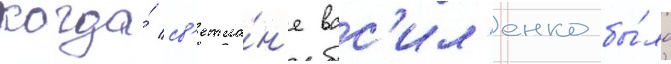
когда́ св'етла́н'е вас'ил'енко бы́ло